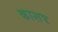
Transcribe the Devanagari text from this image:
काशप